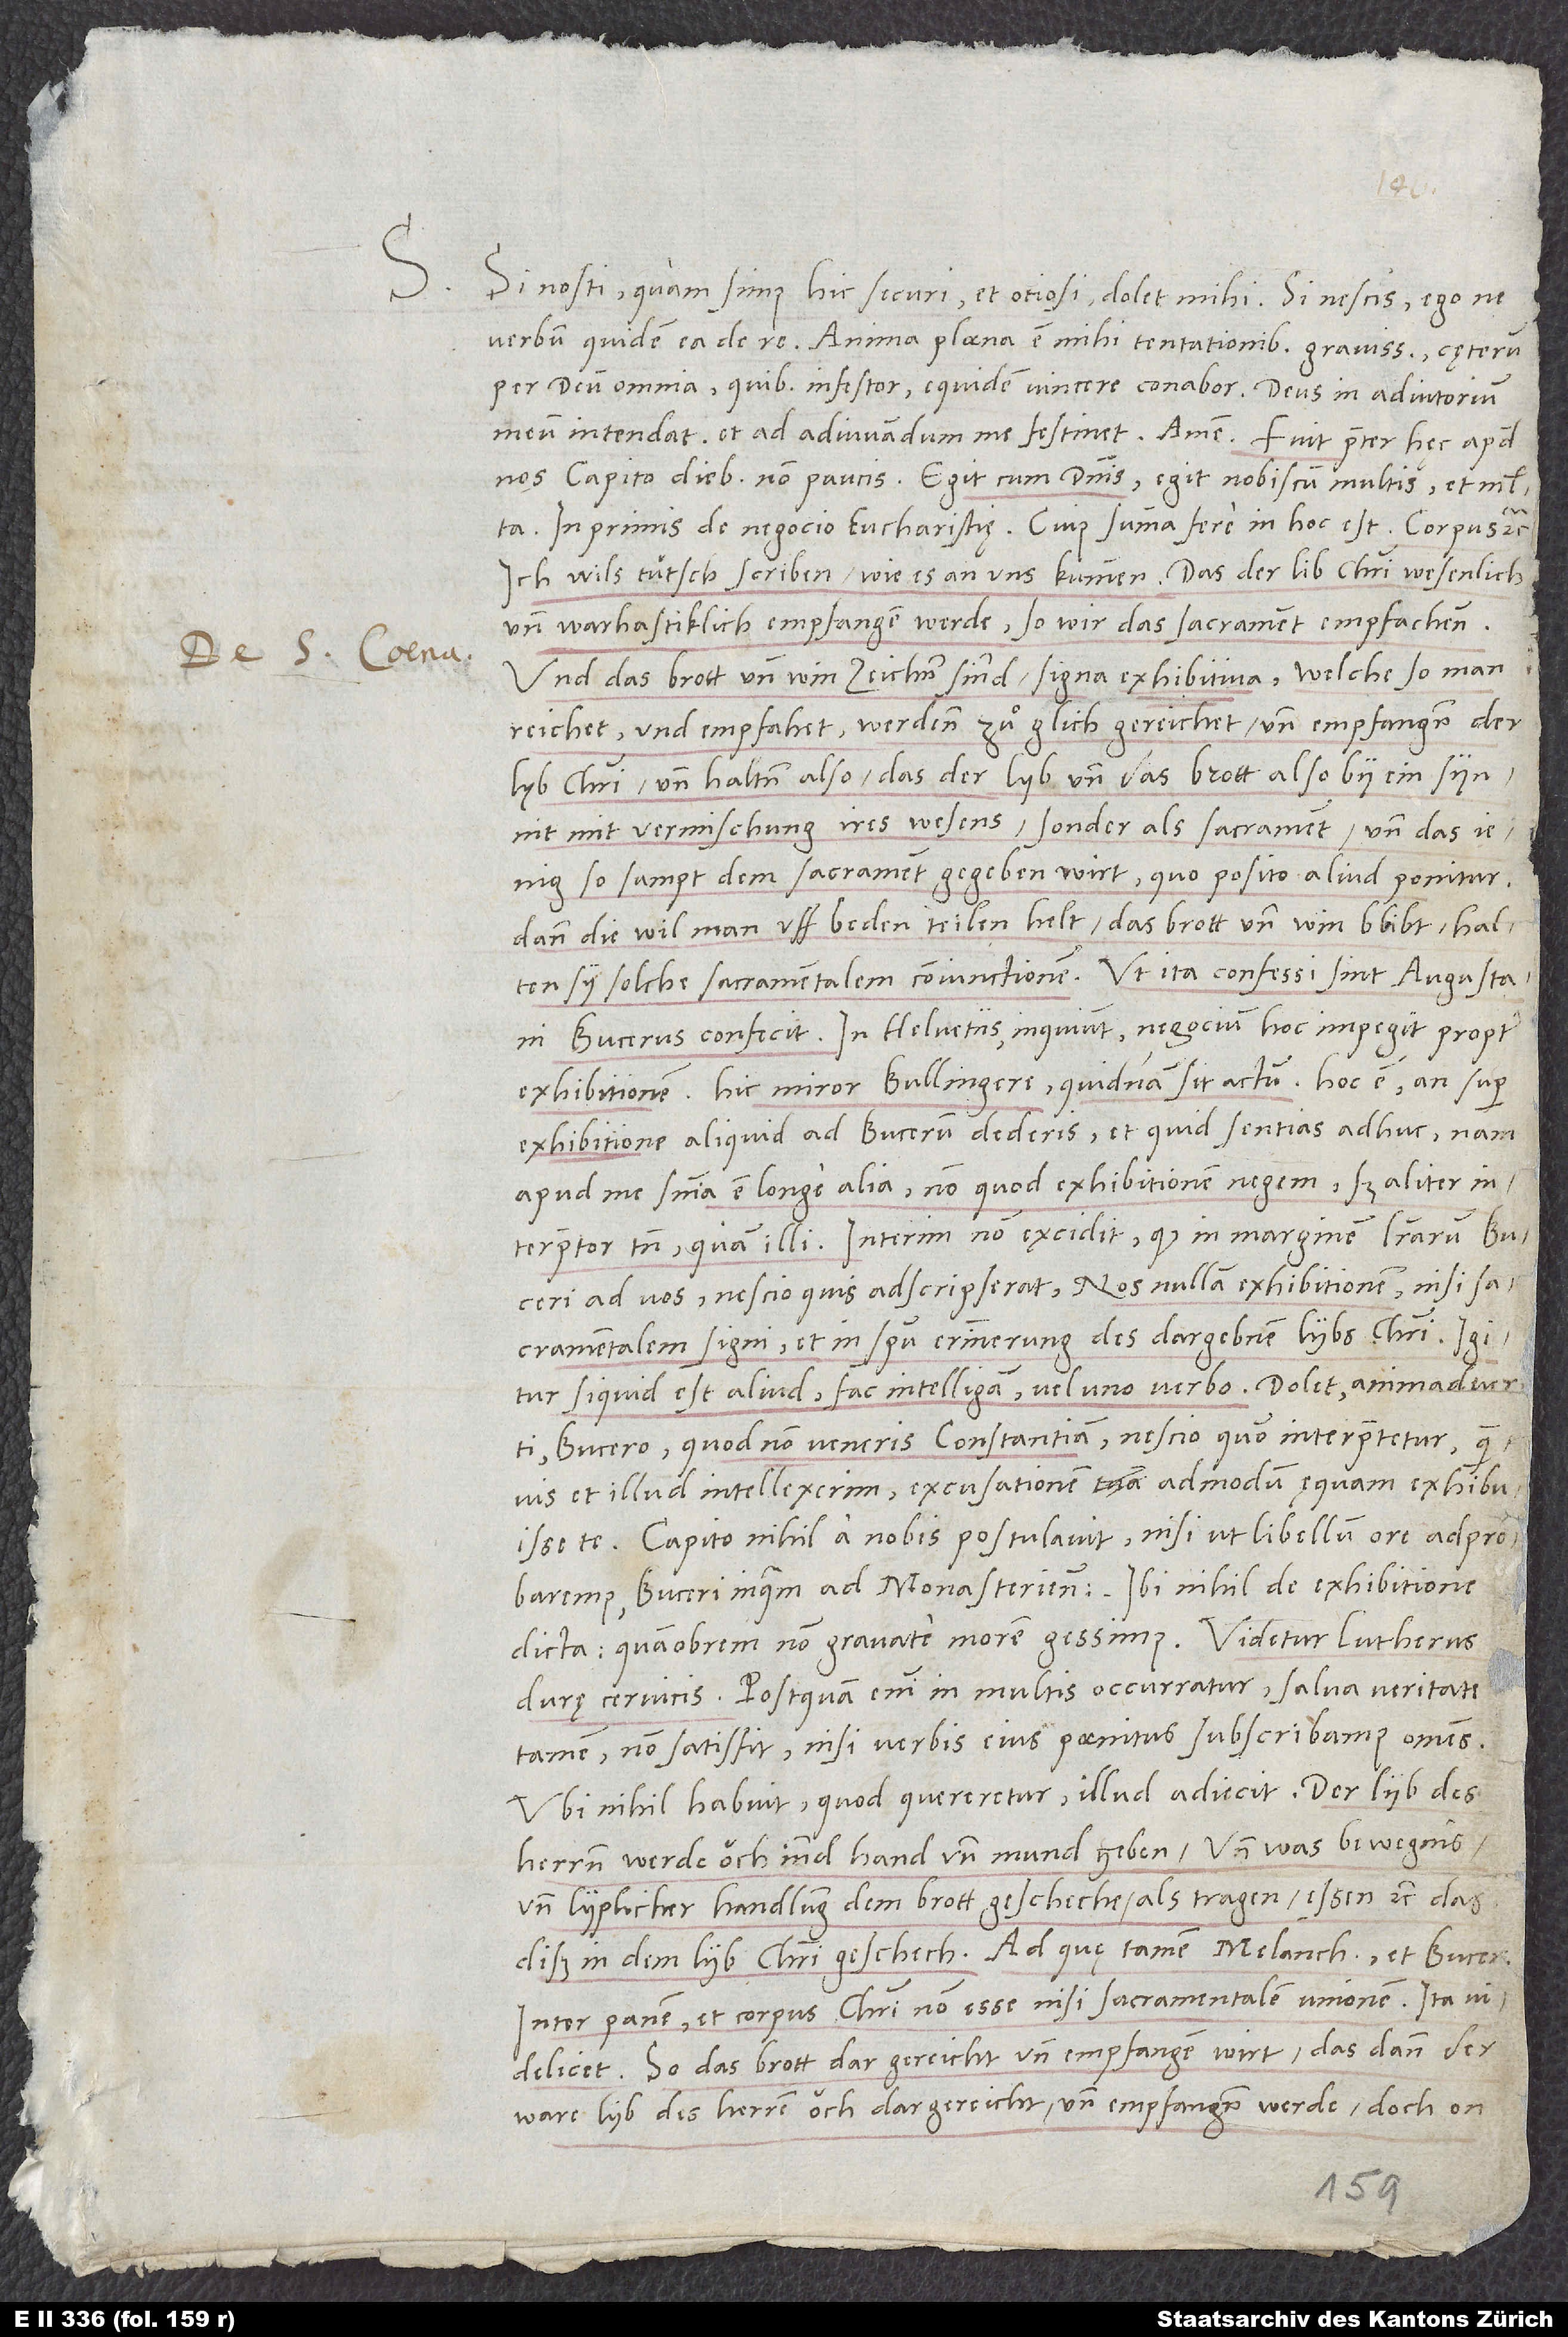
1535.
S. Si nosti, quam simus hic securi et otiosi, dolet mihi, si nescis, ego ne
verbum quidem ea de re. Anima plaena est mihi tentationibus gravissimis, caeterum
per deum omnia, quibus infestor, equidem vincere conabor. "Deus in adiutorium
nos Capito diebus non paucis. Egit cum dominis, egit nobiscum multis et multa,
in primis de negocio eucharistiae. Cuius summa fere in hoc est: Corpus etc.
ich wils tütsch scriben, wie es an uns kummen: "das der lib Christi wesenlich
und warhaftiklich empfangen werde, so wir das sacrament empfachen,
und das brott und win zeichen sind, signa exhibitiva, welche, so man
reichet und empfahet, werden zuͦ glich gereichet und empfangen der
lyb Christi, und halten also, das der lyb und das brott also by ein syn,
nit mit vermischung ires wesens, sonder als sacrament, und das jenig,
so sampt dem sacrament gegeben wirt, quo posito aliud ponitur,
dann die wil man uff beden teilen helt, das brott und win blibt, halten
sy solche sacramentalem coniunctionem". Ut ita confessi sint Augustani,
exhibitionem. Hic miror, Bullingere, quidnam sit actum, hoc est, an super
exhibitione aliquid ad Bucerum dederis et quid sentias adhuc. Nam
apud me sententia est longe alia: Non quod exhibitionem negern, sed aliter
interpretor tamen quam illi. Interim non excidit, quod in marginem literarum Buceri
ad vos nescio quis adscripserat: "Nos nullam exhibitionem nisi
sacramentalem signi et in spiritu: erinnerung des dargebnen lybs Christi" Igitur,
Bucero, quod non veneris Constantiam. Nescio, quomodo interpretetur, quamvis
et illud intellexerim, excusationem admodum ęquam exhibuisse
Capito nihil a nobis postulavit, nisi ut libellum ore adprobaremus,
Buceri inquam Ad Monasterienses. Ibi nihil de exhibitione
durę cervicis. Postquam enim in multis occurratur, salva veritate
tamen, non satisfit, nisi verbis eius paenitus subscribamus omnes.
Ubi nihil habuit, quod quereretur, illud adiecit: "der lyb des
herren werde ouch ind hand und mund geben, und was bewegnis
und lyplicher handlung dem brott gescheche, als tragen, essen etc., das